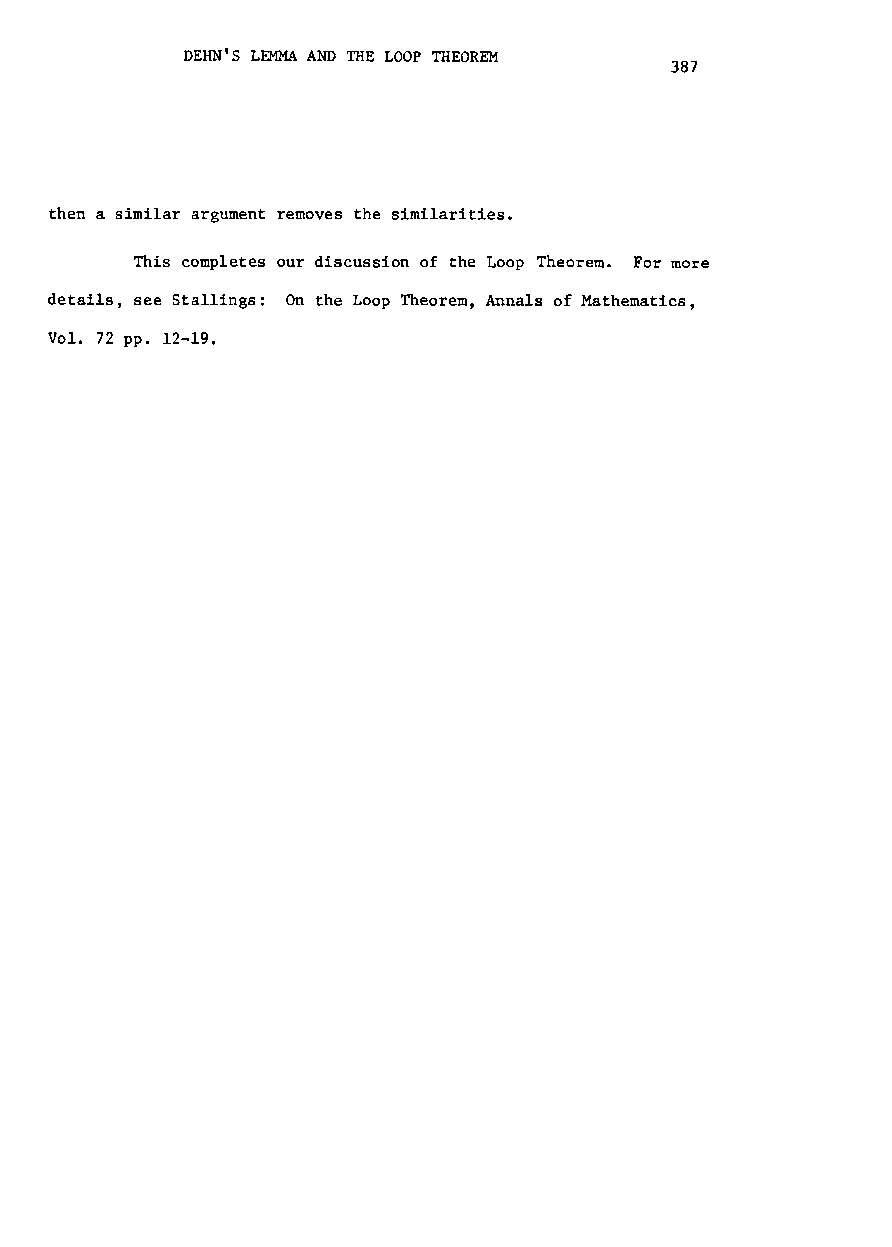
DEHN'S LEMMA AND THE LOOP THEOREM
 387
 then a similar argument removes the similarities.
 This completes our discussion of the Loop Theorem. For more
 details, see Stallings: On the Loop Theorem, Annals of Mathematics,
 Vol. 72 pp. 12-19.